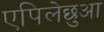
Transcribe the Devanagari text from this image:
एपिलेछुआ